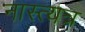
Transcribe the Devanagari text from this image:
नास्त्यत्र